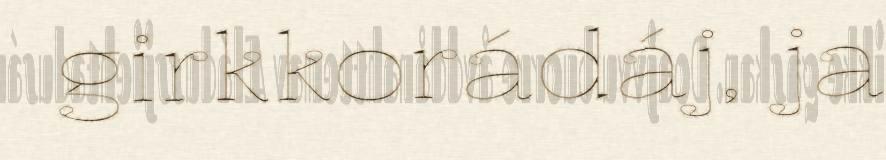
girkkorádáj, ja